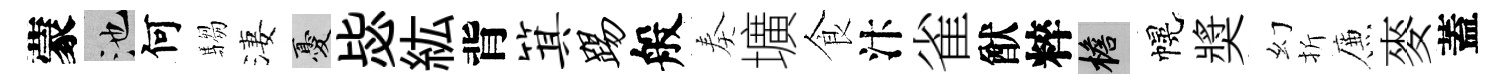
蒙池何騶淒憂毖紘背箕踢般奏壙食汴雀猷粹檐幌奬幻折簾麥蓋